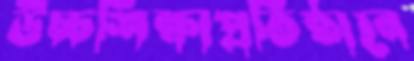
উচ্চশিক্ষাপ্রতিষ্ঠানে